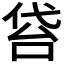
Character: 𠊝